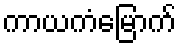
ကာယကံမြောက်